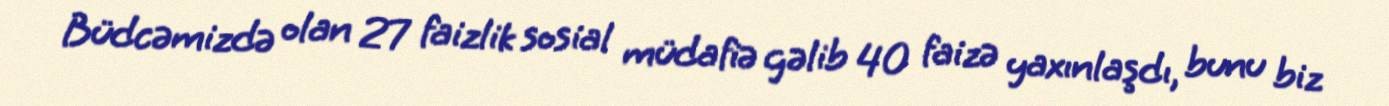
Büdcəmizdə olan 27 faizlik sosial müdafiə gəlib 40 faizə yaxınlaşdı, bunu biz